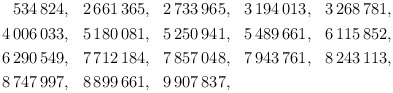
\begin{align*}\begin{aligned} 534\,824 &,& 2\,661\,365 &,& 2\,733\,965 &,& 3\,194\,013 &,& 3\,268\,781, \\4\,006\,033 &,& 5\,180\,081 &,& 5\,250\,941 &,& 5\,489\,661 &,& 6\,115\,852, \\6\,290\,549 &,& 7\,712\,184 &,& 7\,857\,048 &,& 7\,943\,761 &,& 8\,243\,113, \\8\,747\,997 &,& 8\,899\,661 &,& 9\,907\,837 &,& && \end{aligned}\end{align*}